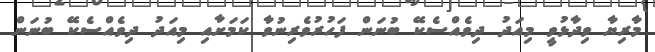
މާރިޔާ ވިދާޅުވީ މިއަދު ދިވެއްސެކޭ ބުނަން ފަހުރުވެރިނުވާ ކަމަށާއި މިއަދު ދިވެއްސެކޭ ބުނަން